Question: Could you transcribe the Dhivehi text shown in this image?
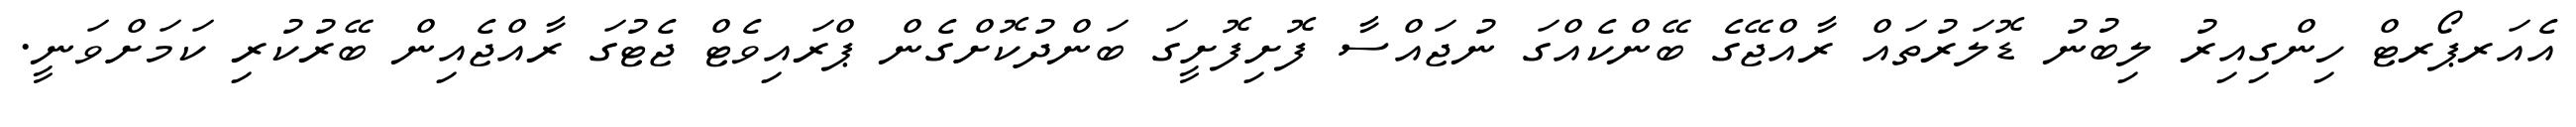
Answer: އެއަރޕޯރޓް ހިންގިއިރު ލިބުނު ޑޮލަރުތައް ރާއްޖޭގެ ބޭންކެއްގަ ނުޖައްސާ ފޮށިފޮށީގަ ބަންދުކޮށްގެން ޕްރައިވެޓް ޖެޓުގަ ރާއްޖެއިން ބޭރުކުރި ކަމަށްވަނީ.